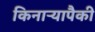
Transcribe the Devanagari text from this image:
किनाऱ्यापैकी